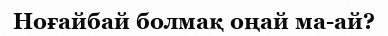
Ноғайбай болмақ оңай ма-ай?